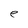
Character: e